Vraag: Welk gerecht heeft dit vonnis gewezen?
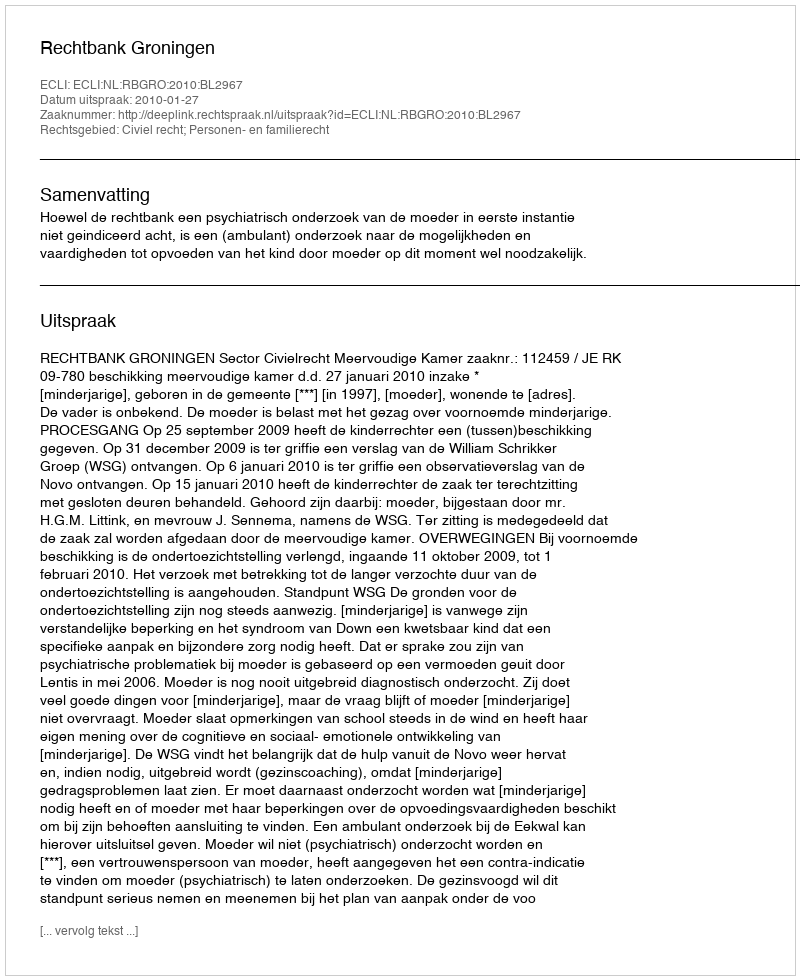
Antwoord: Rechtbank Groningen